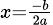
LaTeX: \scriptstyle x={\frac{-b}{2a}}